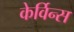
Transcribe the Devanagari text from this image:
केर्विन्स